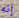
إنه